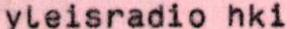
yleisradio hki